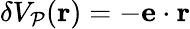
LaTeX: \delta V_{\mathcal P}(\mathbf r)=-{\mathbf e}\cdot\mathbf r